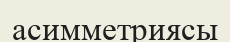
асимметриясы